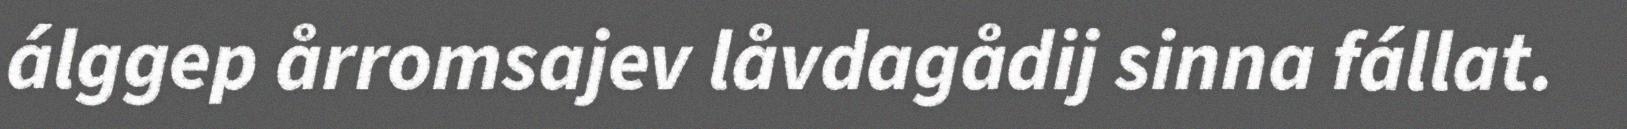
álggep årromsajev låvdagådij sinna fállat.